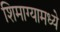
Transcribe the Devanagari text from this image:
शिमाग्यामध्ये